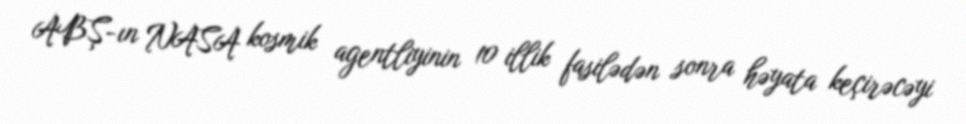
ABŞ-ın NASA kosmik agentliyinin 10 illik fasilədən sonra həyata keçirəcəyi